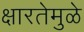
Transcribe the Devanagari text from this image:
क्षारतेमुळे